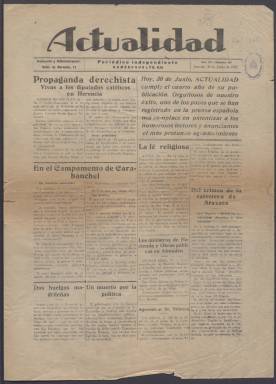
Título: Actualidad (Madrid. 1929)
Colección: Periódicos
Ámbito geográfico: Madrid
Lugar de publicación: Madrid
Fechas: 30/06/1932-20/04/1935